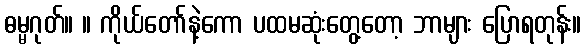
ဓမ္မဂုတ်။ ။ ကိုယ်တော်နဲ့ကော ပထမဆုံးတွေ့တော့ ဘာများ ပြောရတုန်း။